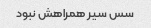
سس سیر همراهش نبود